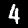
Digit: 4